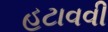
હટાવવી